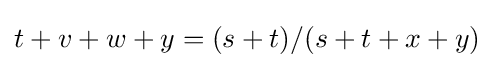
t+v+w+y=(s+t)/(s+t+x+y)